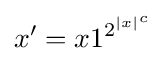
x'=x1^{2^{|x|^{c}}}